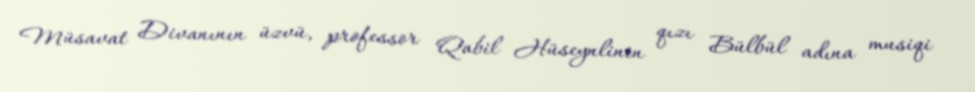
Müsavat Divanının üzvü, professor Qabil Hüseynlinin qızı Bülbül adına musiqi